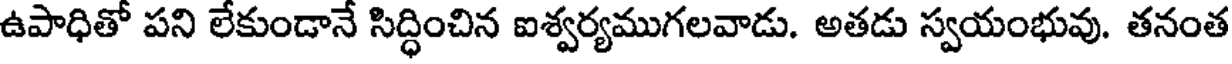
ఉపాధితో పని లేకుండానే సిద్ధించిన ఐశ్వర్యముగలవాడు. అతడు స్వయంభువు. తనంత